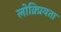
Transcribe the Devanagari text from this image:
लोक्र्प्रियता